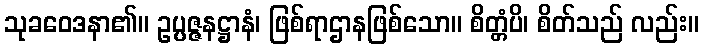
သုခဝေဒနာ၏။ ဥပ္ပဇ္ဇနဋ္ဌာနံ၊ ဖြစ်ရာဌာနဖြစ်သော။ စိတ္တံပိ၊ စိတ်သည် လည်း။